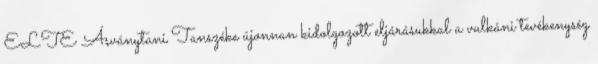
ELTE Ásványtani Tanszéke újonnan kidolgozott eljárásukkal a vulkáni tevékenység